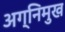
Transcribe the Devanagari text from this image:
अग्निमुख